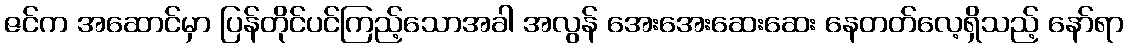
ဇင်က အဆောင်မှာ ပြန်တိုင်ပင်ကြည့်သောအခါ အလွန် အေးအေးဆေးဆေး နေတတ်လေ့ရှိသည့် နော်ရာ